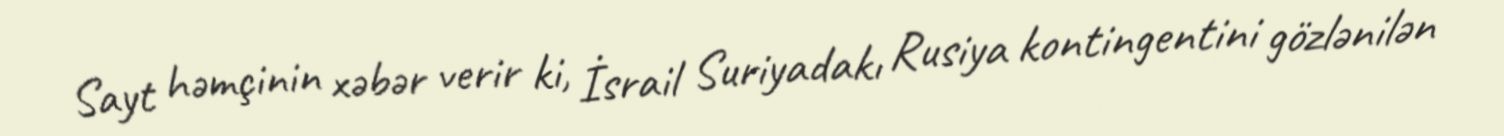
Sayt həmçinin xəbər verir ki, İsrail Suriyadakı Rusiya kontingentini gözlənilən